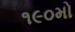
૧૯૦મો